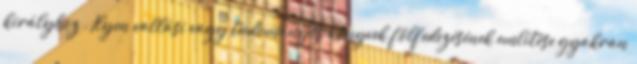
királyhoz». Ilyen vallási vagy tudományos könyvek fölfedezésének említése gyakran